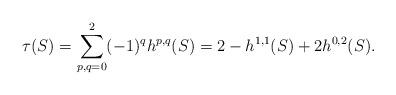
LaTeX: \begin{align*}\tau(S)=\sum_{p,q=0}^2 (-1)^q h^{p,q}(S)=2-h^{1,1}(S)+2 h^{0,2}(S).\end{align*}